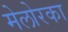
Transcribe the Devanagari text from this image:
मेलोरका